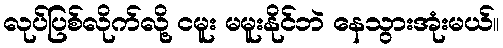
လုပ်ပြစ်လိုက်လို့ ငမူး မမူးနိုင်ဘဲ နေသွားအုံးမယ်။